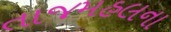
તાજમહલના